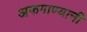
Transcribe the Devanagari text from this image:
अफगाण्यानी